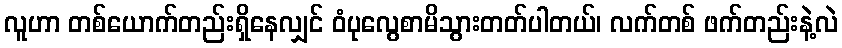
လူဟာ တစ်ယောက်တည်းရှိနေလျှင် ဝံပုလွေစာမိသွားတတ်ပါတယ်၊ လက်တစ် ဖက်တည်းနဲ့လဲ